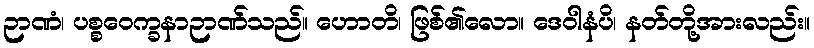
ဉာဏံ၊ ပစ္စဝေက္ခနာဉာဏ်သည်။ ဟောတိ၊ ဖြစ်၏လော။ ဒေဝါနံပိ၊ နတ်တို့အားလည်း။